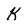
Character: k